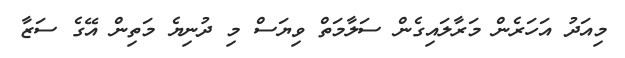
މިއަދު އަހަރެން މަރާލައިގެން ސަލާމަތް ވިޔަސް މި ދުނިޔެ މަތިން އޭގެ ސަޒާ